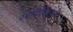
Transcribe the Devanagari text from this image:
रस्मोरिवाज